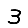
Digit: 3